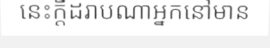
នេះក្តីដរាបណាអ្នកនៅមាន